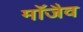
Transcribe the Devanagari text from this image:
माॅजैव